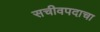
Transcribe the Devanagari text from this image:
सचीवपदाचा